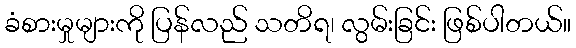
ခံစားမှုများကို ပြန်လည် သတိရ၊ လွမ်းခြင်း ဖြစ်ပါတယ်။